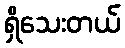
ရှိသေးတယ်